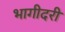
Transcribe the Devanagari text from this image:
भागीदरी